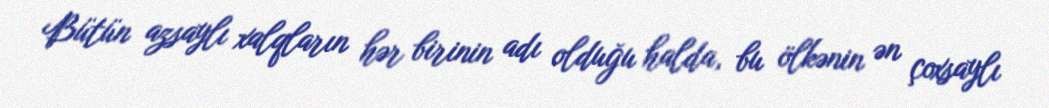
Bütün azsaylı xalqların hər birinin adı olduğu halda, bu ölkənin ən çoxsaylı